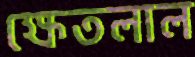
ক্ষেতলাল